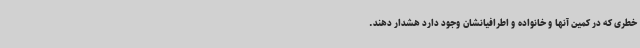
خطری که در کمین آنها و خانواده و اطرافیانشان وجود دارد هشدار دهند.